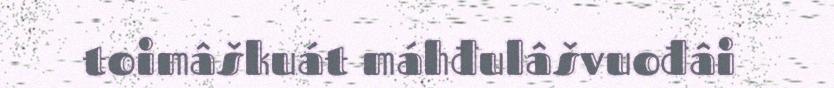
toimâškuát máhđulâšvuođâi